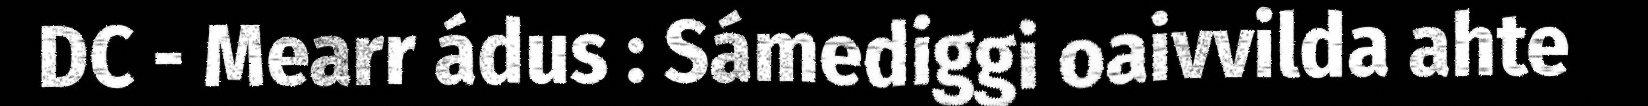
DC - Mearr ádus : Sámediggi oaivvilda ahte